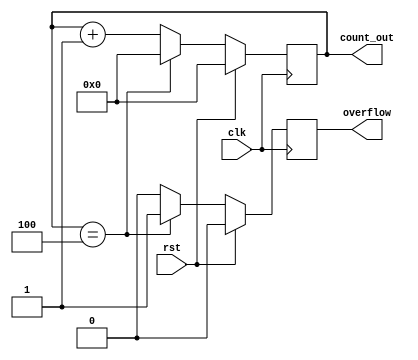
module counter
#(
    parameter n = 4
)
(    
    input clk,rst,
    output [n-1:0]count_out,
    output reg overflow
);

reg [3:0]temp_reg;

always @(posedge clk) begin
    if(rst) begin
        temp_reg <= 4'b0000;
        overflow <= 1'b0;
    end
    
    else begin 
        if(temp_reg == n) begin
            overflow <= 1'b1;
            temp_reg <= 4'b0000;
        end
        else begin 
            overflow <= 1'b0;
            temp_reg <= temp_reg + 1;
        end
    end 
end

assign count_out = temp_reg;

endmodule